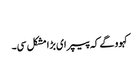
‏
کہوو گے کہ پیپر ای بڑا مشکل سی۔